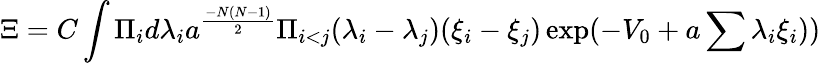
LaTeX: \Xi=C\int\Pi_{i}d\lambda_{i}a^{{\frac{-N(N-1)}{2}}}\Pi_{i<j}(\lambda_{i}-\lambda_{j})(\xi_{i}-\xi_{j})\exp(-V_{0}+a\sum\lambda_{i}\xi_{i}))